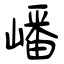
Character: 嶓